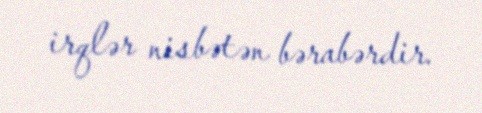
irqlər nisbətən bərabərdir.